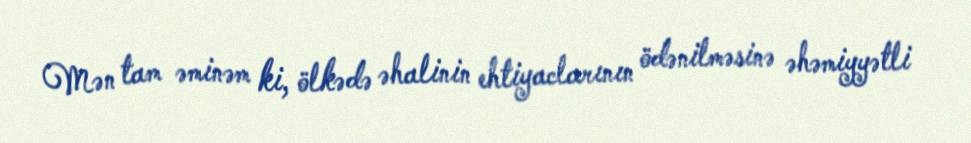
Mən tam əminəm ki, ölkədə əhalinin ehtiyaclarının ödənilməsinə əhəmiyyətli